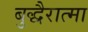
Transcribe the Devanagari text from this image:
बुद्धैरात्मा